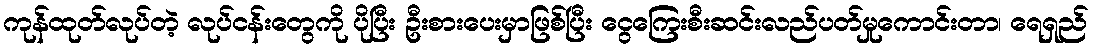
ကုန်ထုတ်လုပ်တဲ့ လုပ်ငန်းတွေကို ပိုပြီး ဦးစားပေးမှာဖြစ်ပြီး ငွေကြေးစီးဆင်းလည်ပတ်မှုကောင်းတာ၊ ရေရှည်